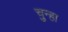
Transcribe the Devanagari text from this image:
चुन्हा